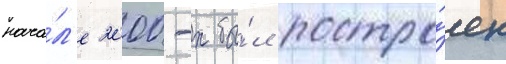
нача́л'е 2000-х бы́л постро́ен